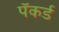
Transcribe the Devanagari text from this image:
पॅकर्ड